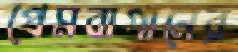
প্রেমবাগানের